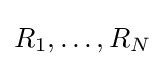
R_{1},\ldots ,R_{N}